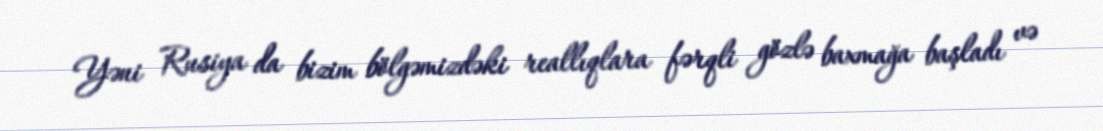
Yəni Rusiya da bizim bölgəmizdəki reallıqlara fərqli gözlə baxmağa başladı və